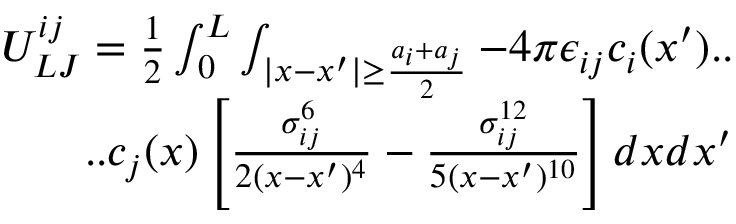
\begin{array} { r } { U _ { L J } ^ { i j } = \frac { 1 } { 2 } \int _ { 0 } ^ { L } \int _ { | x - x ^ { \prime } | \geq \frac { a _ { i } + a _ { j } } { 2 } } - 4 \pi \epsilon _ { i j } c _ { i } ( x ^ { \prime } ) . . } \\ { . . c _ { j } ( x ) \left[ \frac { \sigma _ { i j } ^ { 6 } } { 2 ( x - x ^ { \prime } ) ^ { 4 } } - \frac { \sigma _ { i j } ^ { 1 2 } } { 5 ( x - x ^ { \prime } ) ^ { 1 0 } } \right] d x d x ^ { \prime } } \end{array}